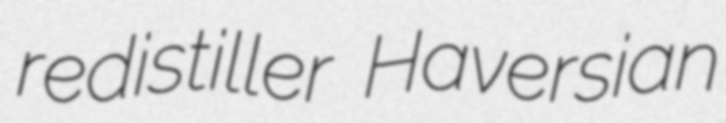
redistiller Haversian